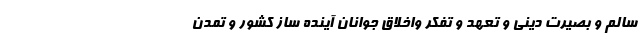
سالم و بصیرت دینی و تعهد و تفکر واخلاق جوانانِ آینده ساز کشور و تمدن